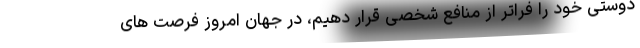
دوستی خود را فراتر از منافع شخصی قرار دهیم، در جهان امروز فرصت های